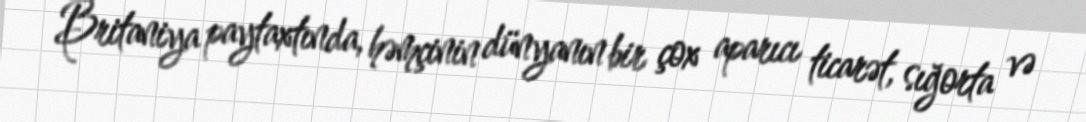
Britaniya paytaxtında, həmçinin dünyanın bir çox aparıcı ticarət, sığorta və